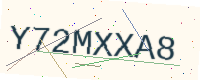
Text: Y72MXXA8